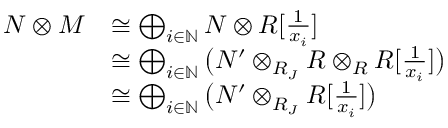
\begin{array} { r l } { N \otimes M } & { \cong \bigoplus _ { i \in \mathbb { N } } N \otimes R [ \frac { 1 } { x _ { i } } ] } \\ & { \cong \bigoplus _ { i \in \mathbb { N } } \big ( N ^ { \prime } \otimes _ { R _ { J } } R \otimes _ { R } R [ \frac { 1 } { x _ { i } } ] \big ) } \\ & { \cong \bigoplus _ { i \in \mathbb { N } } \big ( N ^ { \prime } \otimes _ { R _ { J } } R [ \frac { 1 } { x _ { i } } ] \big ) } \end{array}